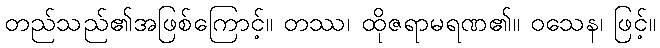
တည်သည်၏အဖြစ်ကြောင့်။ တဿ၊ ထိုဇရာမရဏ၏။ ဝသေန၊ ဖြင့်။